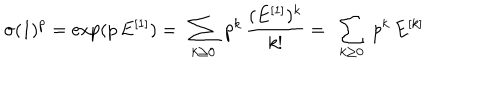
\sigma ( 1 ) ^ { p } = \exp ( p \, E ^ { [ 1 ] } ) = \ \sum _ { k \ge 0 } \ p ^ { k } \, { \frac { ( E ^ { [ 1 ] } ) ^ { k } } { k ! } } = \ \sum _ { k \ge 0 } \ p ^ { k } \, E ^ { [ k ] }